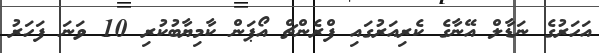
އަހަރުގެ ނަޑާލް އޭނާގެ ކެރިއަރުގައި ފްރެންޗް އޯޕަން ކާމިޔާބުކުރި 10 ވަނަ ފަހަރު